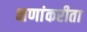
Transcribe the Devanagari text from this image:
क्षणांकरीता